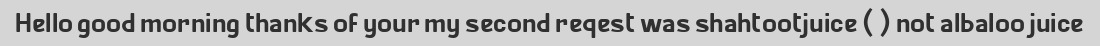
Hello good morning thanks of your my second reqest was shahtootjuice () not albaloo juice